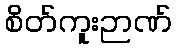
စိတ်ကူးဉာဏ်